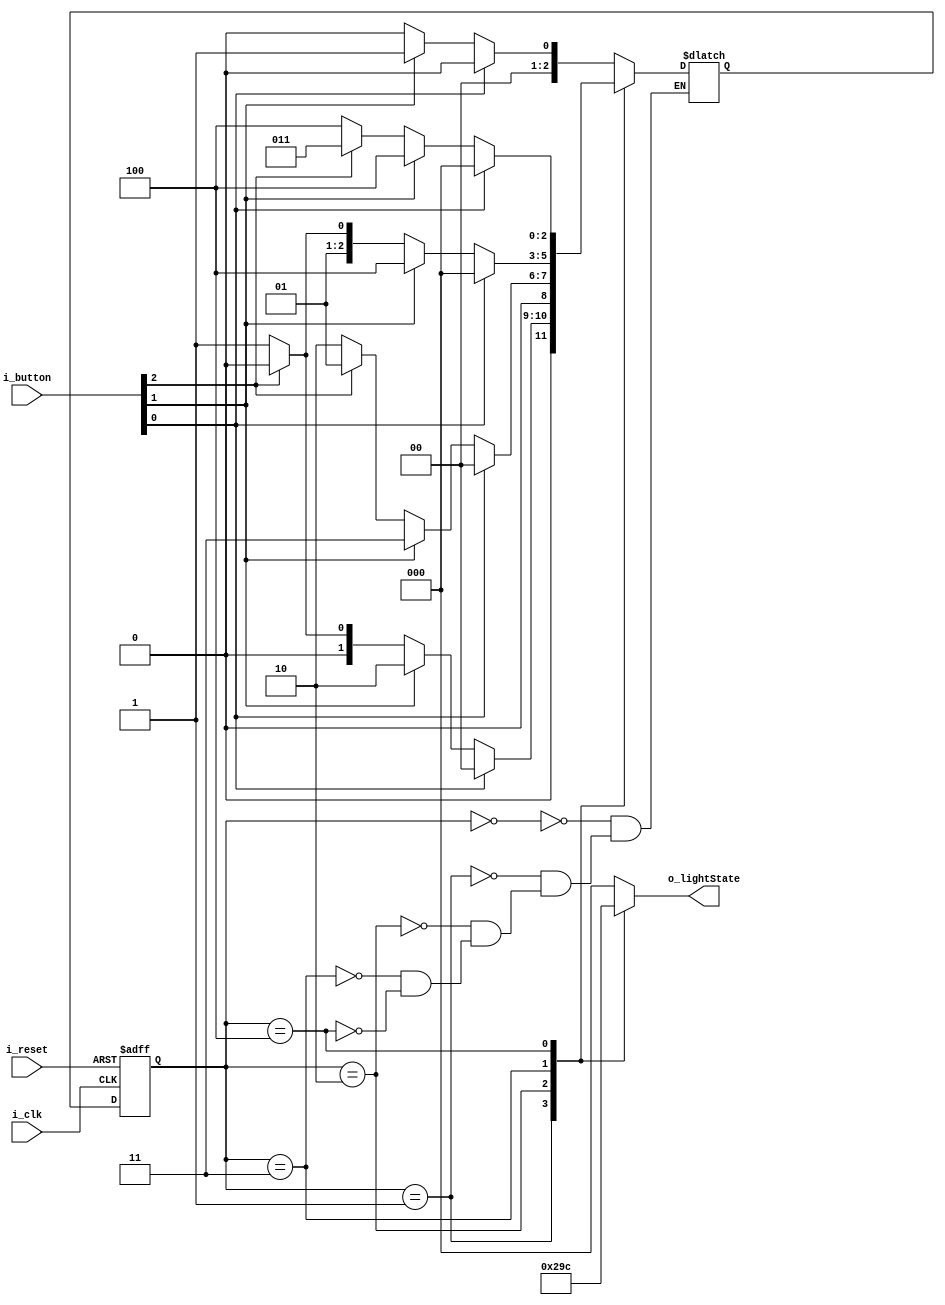
module FSM_LightState(
    input i_clk,
    input i_reset,
    input [2:0] i_button,

    output [2:0] o_lightState
    );

    parameter   S_LED_OFF   = 3'b000,
                S_LED_1     = 3'b001,
                S_LED_2     = 3'b010,
                S_LED_3     = 3'b011,
                S_LED_4     = 3'b100;
                
    reg [2:0] curState = S_LED_OFF, nextState = S_LED_OFF;
    reg [2:0] r_lightState;

    assign o_lightState = r_lightState;

    always @(posedge i_clk or posedge i_reset) begin
        if (i_reset)    curState <= S_LED_OFF;
        else            curState <= nextState;
    end

    always @(curState or i_button) begin
        case (curState)
            S_LED_OFF   : begin
                if (i_button[0])        nextState <= S_LED_OFF;
                else if (i_button[1])   nextState <= S_LED_1;
                else if (i_button[2])   nextState <= S_LED_OFF;
                else                    nextState <= S_LED_OFF;
            end
            S_LED_1   : begin
                if (i_button[0])        nextState <= S_LED_OFF;
                else if (i_button[1])   nextState <= S_LED_2;
                else if (i_button[2])   nextState <= S_LED_OFF;
                else                    nextState <= S_LED_1;
            end
            S_LED_2   : begin
                if (i_button[0])        nextState <= S_LED_OFF;
                else if (i_button[1])   nextState <= S_LED_3;
                else if (i_button[2])   nextState <= S_LED_1;
                else                    nextState <= S_LED_2;
            end
            S_LED_3   : begin
                if (i_button[0])        nextState <= S_LED_OFF;
                else if (i_button[1])   nextState <= S_LED_4;
                else if (i_button[2])   nextState <= S_LED_2;
                else                    nextState <= S_LED_3;
            end
            S_LED_4   : begin
                if (i_button[0])        nextState <= S_LED_OFF;
                else if (i_button[1])   nextState <= S_LED_4;
                else if (i_button[2])   nextState <= S_LED_3;
                else                    nextState <= S_LED_4;
            end
        endcase
    end

    always @(curState) begin
        case (curState)
            S_LED_OFF : r_lightState <= S_LED_OFF;
            S_LED_1 : r_lightState <= S_LED_1;
            S_LED_2 : r_lightState <= S_LED_2;
            S_LED_3 : r_lightState <= S_LED_3;
            S_LED_4 : r_lightState <= S_LED_4;
            default: r_lightState <= S_LED_OFF;
        endcase
    end
endmodule